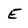
Character: E